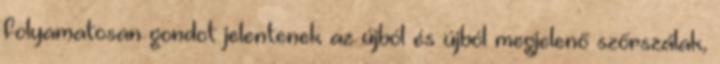
folyamatosan gondot jelentenek az újból és újból megjelenő szőrszálak,